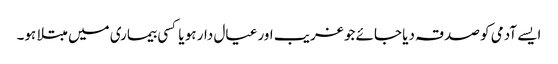
ایسے آدمی کو صدقہ دیا جائے جو غریب اور عیال دار ہو یا کسی بیماری میں مبتلا ہو۔